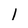
Character: 1